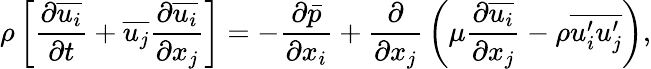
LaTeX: \rho\left[{\frac{\partial{\overline{{u_{i}}}}}{\partial t}}+{\overline{{u_{j}}}}{\frac{\partial{\overline{{u_{i}}}}}{\partial x_{j}}}\right]=-{\frac{\partial{\bar{p}}}{\partial x_{i}}}+{\frac{\partial}{\partial x_{j}}}\left(\mu{\frac{\partial{\overline{{u_{i}}}}}{\partial x_{j}}}-\rho{\overline{{u_{i}^{\prime}u_{j}^{\prime}}}}\right),